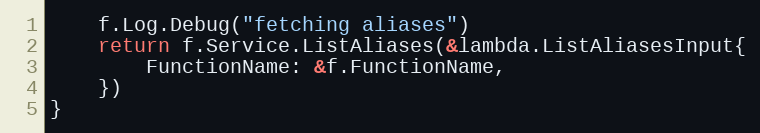
Language: Go
	f.Log.Debug("fetching aliases")
	return f.Service.ListAliases(&lambda.ListAliasesInput{
		FunctionName: &f.FunctionName,
	})
}